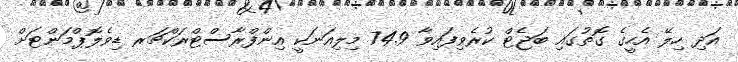
އަދި ހިލޭ އެހީގެ ގޮތުގައި ބަޖެޓް ކުރެވިފައިވާ 74.9 މިލިއަނަކީ އިންފްރާސްޓްރަކްޗަރ ޑިވެލޮޕްމަންޓަށް